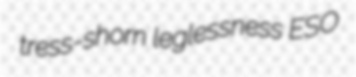
tress-shorn leglessness ESO